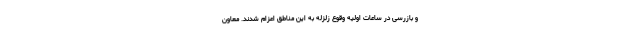
و بازرسی در ساعات اولیه وقوع زلزله به این مناطق اعزام شدند. معاون